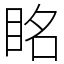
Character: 眳